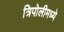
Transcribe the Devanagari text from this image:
त्रिपोलीमध्ये